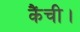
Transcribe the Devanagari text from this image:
कैंची।